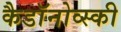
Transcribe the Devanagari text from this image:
कैडाॅनोव्स्की